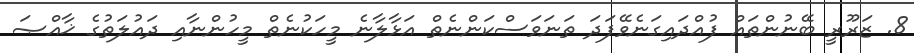
8. ޒަރޫރީ ބޭނުންތައް ފުއްދައިގަނެވޭފަދަ ތަނަވަސްކަންނެތް އަޅާލާނެ މީހަކުނެތް މީހުންނާއި ދައުލަތުގެ ޚާއްޞަ